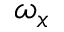
\omega _ { x }